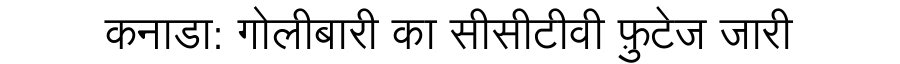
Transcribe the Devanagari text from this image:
कनाडा: गोलीबारी का सीसीटीवी फ़ुटेज जारी